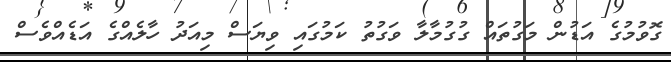
ގޮވުމުގެ އަޑުން މަގުތައް ގުގުމާލާ ވަގުތު ކަމުގައި ވިޔަސް މިއަދު ހާލެއްގެ އަޑެއްވެސް